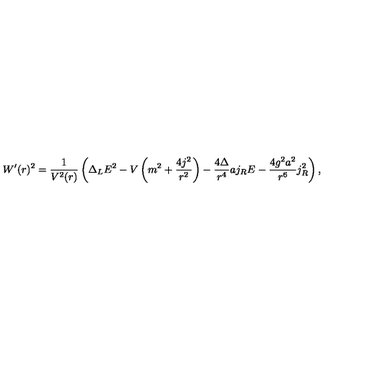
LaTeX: W ^ { \prime } ( r ) ^ { 2 } = \frac { 1 } { V ^ { 2 } ( r ) } \left( \Delta _ { L } E ^ { 2 } - V \left( m ^ { 2 } + \frac { 4 j ^ { 2 } } { r ^ { 2 } } \right) - \frac { 4 \Delta } { r ^ { 4 } } a j _ { R } E - \frac { 4 g ^ { 2 } a ^ { 2 } } { r ^ { 6 } } j _ { R } ^ { 2 } \right) ,